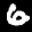
Label: 6